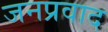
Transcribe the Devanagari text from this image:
जनप्रवाद